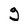
Character: g